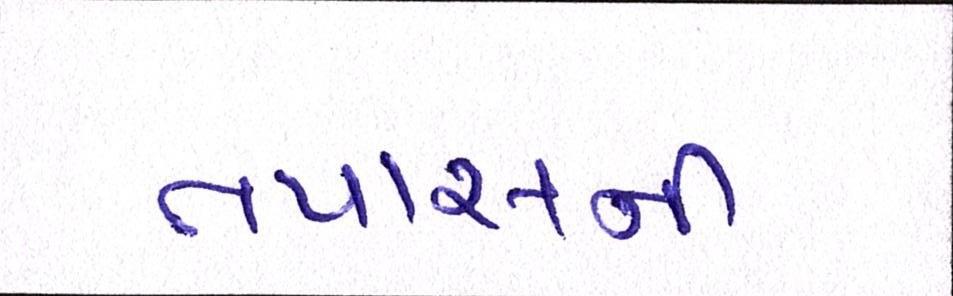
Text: તપાસની